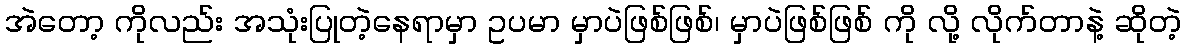
အဲတော့ ကိုလည်း အသုံးပြုတဲ့နေရာမှာ ဥပမာ မှာပဲဖြစ်ဖြစ်၊ မှာပဲဖြစ်ဖြစ် ကို လို့ လိုက်တာနဲ့ ဆိုတဲ့